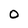
Character: 0